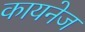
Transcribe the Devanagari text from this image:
कायनेज